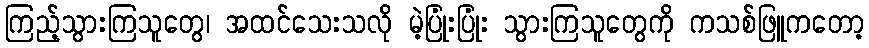
ကြည့်သွားကြသူတွေ၊ အထင်သေးသလို မဲ့ပြုံးပြုံး သွားကြသူတွေကို ကသစ်ဖြူကတော့